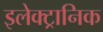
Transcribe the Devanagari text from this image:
इलेक्‍ट्रानिक